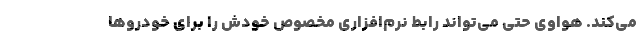
می‌کند. هواوی حتی می‌تواند رابط نرم‌افزاری مخصوص خودش را برای خودروها